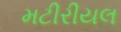
મટીરીયલ